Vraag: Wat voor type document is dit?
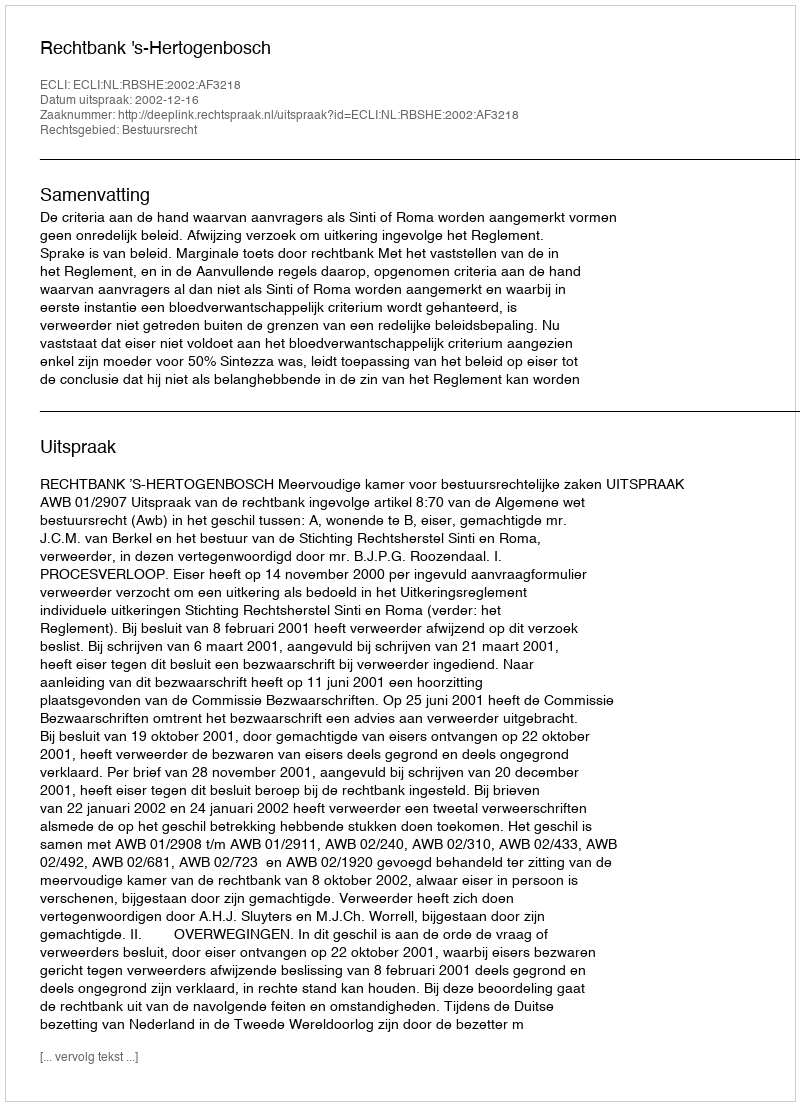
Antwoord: Uitspraak